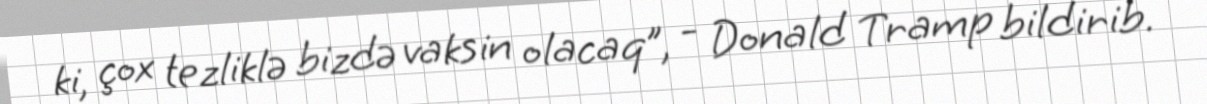
ki, çox tezliklə bizdə vaksin olacaq”, - Donald Tramp bildirib.